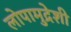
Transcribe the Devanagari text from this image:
लोपामुद्रेशी